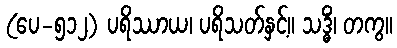
(ပေ-၅၁၂) ပရိဿာယ၊ ပရိသတ်နှင့်။ သဒ္ဓိံ၊ တကွ။